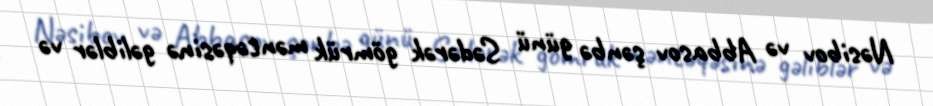
Nəsibov və Abbasov şənbə günü Sədərək gömrük məntəqəsinə gəliblər və